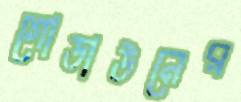
গোডাউনের